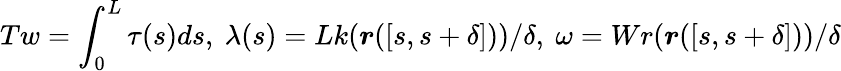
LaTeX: Tw=\int_{0}^{L}\tau(s)ds,~\lambda(s)=Lk(\boldsymbol{r}([s,s+\delta]))/\delta,~\omega=Wr(\boldsymbol{r}([s,s+\delta]))/\delta